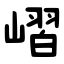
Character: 嶍